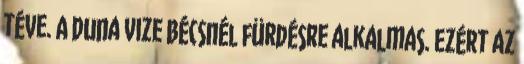
téve. A Duna vize Bécsnél fürdésre alkalmas. Ezért az